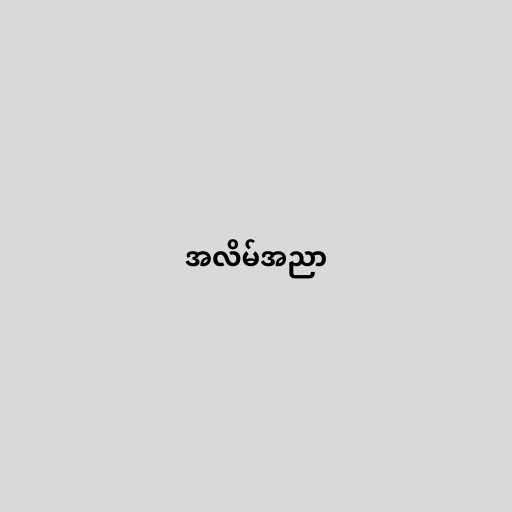
အလိမ်အညာ